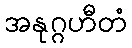
အနုဂ္ဂဟီတံ